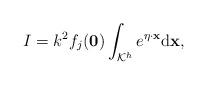
LaTeX: \begin{align*} I=k^2f_{j}(\mathbf 0)\int_{\mathcal K^{h}} e^{\eta \cdot \mathbf x}\mathrm d\mathbf x, \end{align*}